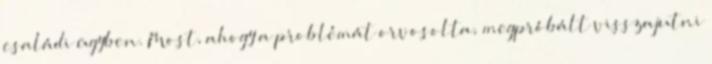
családi ügyben. Most, ahogy a problémát orvosolta, megpróbált visszajutni